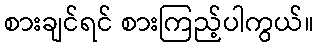
စားချင်ရင် စားကြည့်ပါကွယ်။